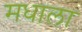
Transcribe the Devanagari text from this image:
मधाला